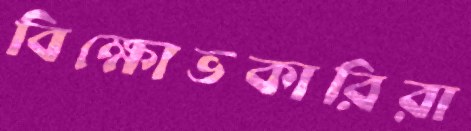
বিক্ষোভকারিরা